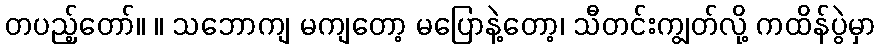
တပည့်တော်။ ။ သဘောကျ မကျတော့ မပြောနဲ့တော့၊ သီတင်းကျွတ်လို့ ကထိန်ပွဲမှာ